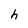
Character: h